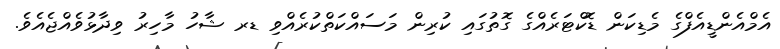
އެމްއެންޑީއެފްގެ މެޑިކަން ޑޮކްޓަރެއްގެ ގޮތުގައި ކުރިން މަސައްކަތްކުރެއްވި ޑރ ޝާހު މާހިރު ވިދާޅުވެއްޖެއެވެ.